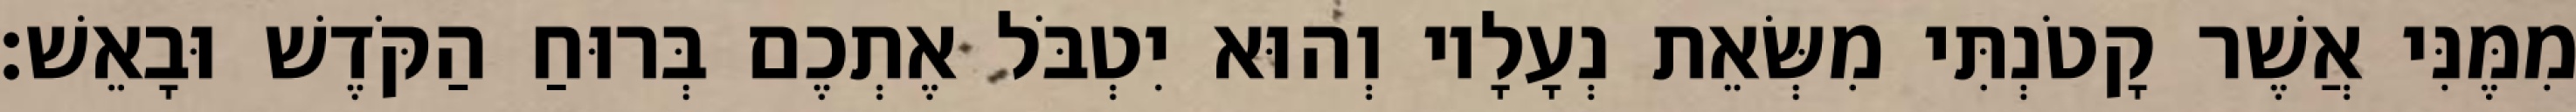
מִמֶּנִּי אֲשֶׁר קָטֹנְתִּי מִשְּׂאֵת נְעָלָיו וְהוּא יִטְבֹּל אֶתְכֶם בְּרוּחַ הַקֹּדֶשׁ וּבָאֵשׁ׃